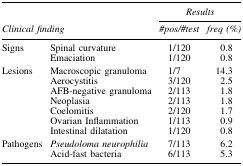
|  |  | <COLSPAN=2> Results |
 | <COLSPAN=2> Clinical finding | #pos/#test | freq (%) |
 | --- | --- | --- | --- |
 | Signs | Spinal curvature | 1/120 | 0.8 |
 |  | Emaciation | 1/120 | 0.8 |
 | Lesions | Macroscopic granuloma | 1/7 | 14.3 |
 |  | Aerocystitis | 3/120 | 2.5 |
 |  | AFB-negative granuloma | 2/113 | 1.8 |
 |  | Neoplasia | 2/113 | 1.8 |
 |  | Coelomitis | 2/120 | 1.7 |
 |  | Ovarian Inflammation | 1/113 | 0.9 |
 |  | Intestinal dilatation | 1/120 | 0.8 |
 | Pathogens | Pseudoloma neurophilia | 7/113 | 6.2 |
 |  | Acid-fast bacteria | 6/113 | 5.3 |